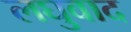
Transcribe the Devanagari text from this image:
लघुवाद